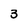
Character: 3